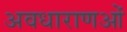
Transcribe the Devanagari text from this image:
अवधाराणओं